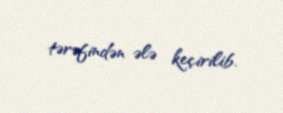
tərəfindən ələ keçirilib.